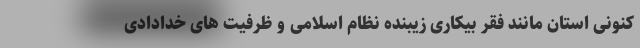
کنونی استان مانند فقر بیکاری زیبنده نظام اسلامی و ظرفیت های خدادادی